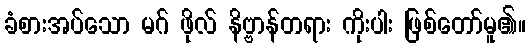
ခံစားအပ်သော မဂ် ဖိုလ် နိဗ္ဗာန်တရား ကိုးပါး ဖြစ်တော်မူ၏။